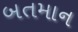
બતમાન